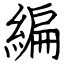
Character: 編